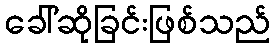
ခေါ်ဆိုခြင်းဖြစ်သည်